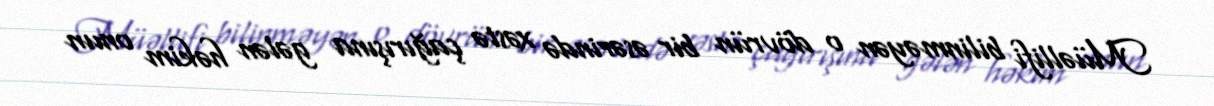
Müəllifi bilinməyən o dövrün bir əsərində xəstə çağırışına gələn həkim onun